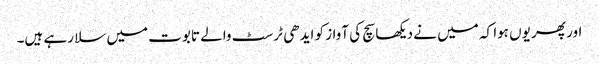
اور پھر یوں ہوا کہ میں نے دیکھا سچ کی آواز کو ایدھی ٹرسٹ والے تابوت میں سلا رہے ہیں۔